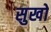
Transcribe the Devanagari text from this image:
सुखो